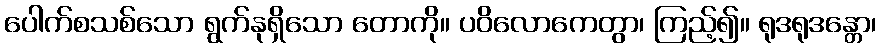
ပေါက်စသစ်သော ရွက်နုရှိသော တောကို။ ပဝိလောကေတွာ၊ ကြည့်၍။ ရုဒရုဒန္တော၊